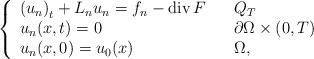
\begin{align*}\left\{\begin{array}[c]{lll}\left( u_{n}\right) _{t}+L_{n}u_{n}=f_{n}-\operatorname{div}F & &Q_{T}\\u_{n}(x,t)=0 & & \partial\Omega\times\left( 0,T\right) \\u_{n}(x,0)=u_{0}(x) & & \Omega,\end{array}\right. \end{align*}